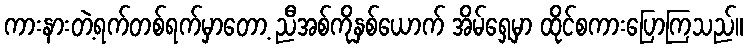
ကားနားတဲ့ရက်တစ်ရက်မှာတော့ ညီအစ်ကိုနှစ်ယောက် အိမ်ရှေ့မှာ ထိုင်စကားပြောကြသည်။